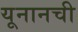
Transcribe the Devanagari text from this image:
यूनानची